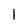
Character: 1